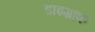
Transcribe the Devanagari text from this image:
डाइग्राफ